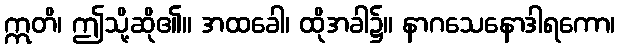
ဣတိ၊ ဤသို့ဆို၏။ အထခေါ၊ ထိုအခါ၌။ နာဂသေနောဒါရကော၊